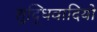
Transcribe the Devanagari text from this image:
शुद्धिवादियों